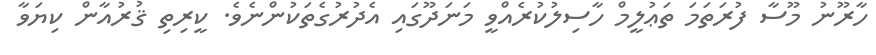
ހާރޫނު މޫސާ ފުރަތަމަ ތަޢުލީމް ހާސިލުކުރެއްވީ މަނަދޫގައި އެދުރުގެތަކުންނެވެ. ކީރިތި ޤުރުއާން ކިޔަވާ